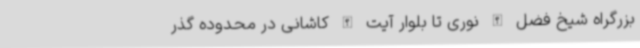
بزرگراه شیخ فضل الله نوری تا بلوار آیت الله کاشانی در محدوده گذر